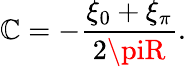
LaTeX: \mathbb{C}=-{\frac{{\xi_{0}+\xi_{\pi}}}{{2\piR}}}.